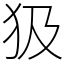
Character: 𤜯